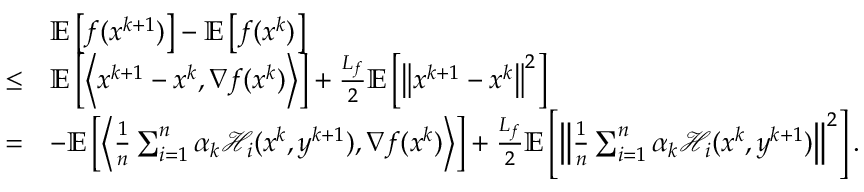
\begin{array} { r l } & { \mathbb { E } \left[ f ( x ^ { k + 1 } ) \right] - \mathbb { E } \left[ f ( x ^ { k } ) \right] } \\ { \leq } & { \mathbb { E } \left[ \left\langle x ^ { k + 1 } - x ^ { k } , \nabla f ( x ^ { k } ) \right\rangle \right] + \frac { L _ { f } } { 2 } \mathbb { E } \left[ \left\| x ^ { k + 1 } - x ^ { k } \right\| ^ { 2 } \right] } \\ { = } & { - \mathbb { E } \left[ \left\langle \frac { 1 } { n } \sum _ { i = 1 } ^ { n } \alpha _ { k } \mathcal { H } _ { i } ( x ^ { k } , y ^ { k + 1 } ) , \nabla f ( x ^ { k } ) \right\rangle \right] + \frac { L _ { f } } { 2 } \mathbb { E } \left[ \left\| \frac { 1 } { n } \sum _ { i = 1 } ^ { n } \alpha _ { k } \mathcal { H } _ { i } ( x ^ { k } , y ^ { k + 1 } ) \right\| ^ { 2 } \right] . } \end{array}